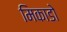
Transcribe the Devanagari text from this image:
मिकाडो